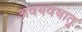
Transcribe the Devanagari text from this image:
अवयवधातु